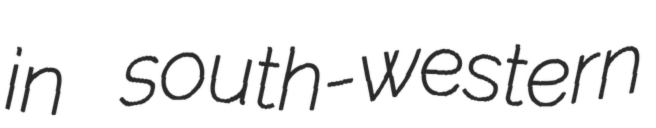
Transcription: in south-western